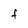
Character: F